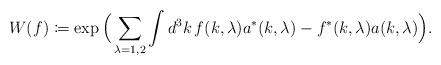
LaTeX: \begin{align*}W(f) \coloneqq \exp \Big( \sum_{\lambda=1,2} \int d^3k \, f(k,\lambda) a^*(k,\lambda) - f^*(k,\lambda) a(k,\lambda) \Big).\end{align*}